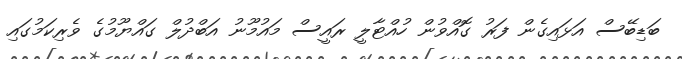
ބަޑިބޭސް އަޅައިގެން ފަރު ގޮއްވުން ހުއްޓާލީ ރައީސް މައުމޫނު އަބްދުލް ގައްޔޫމުގެ ވެރިކަމުގައި